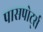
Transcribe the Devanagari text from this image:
पासपोर्ट्स